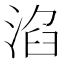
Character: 淊